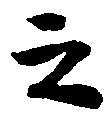
之